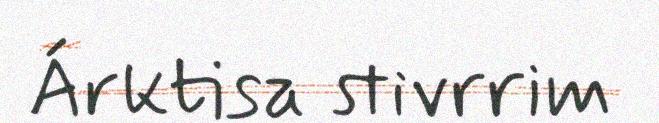
Árktisa stivrrim